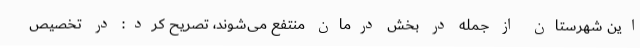
این شهرستان از جمله در بخش درمان منتفع می‌شوند، تصریح کرد: در تخصیص